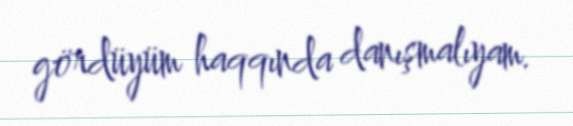
gördüyüm haqqında danışmalıyam.